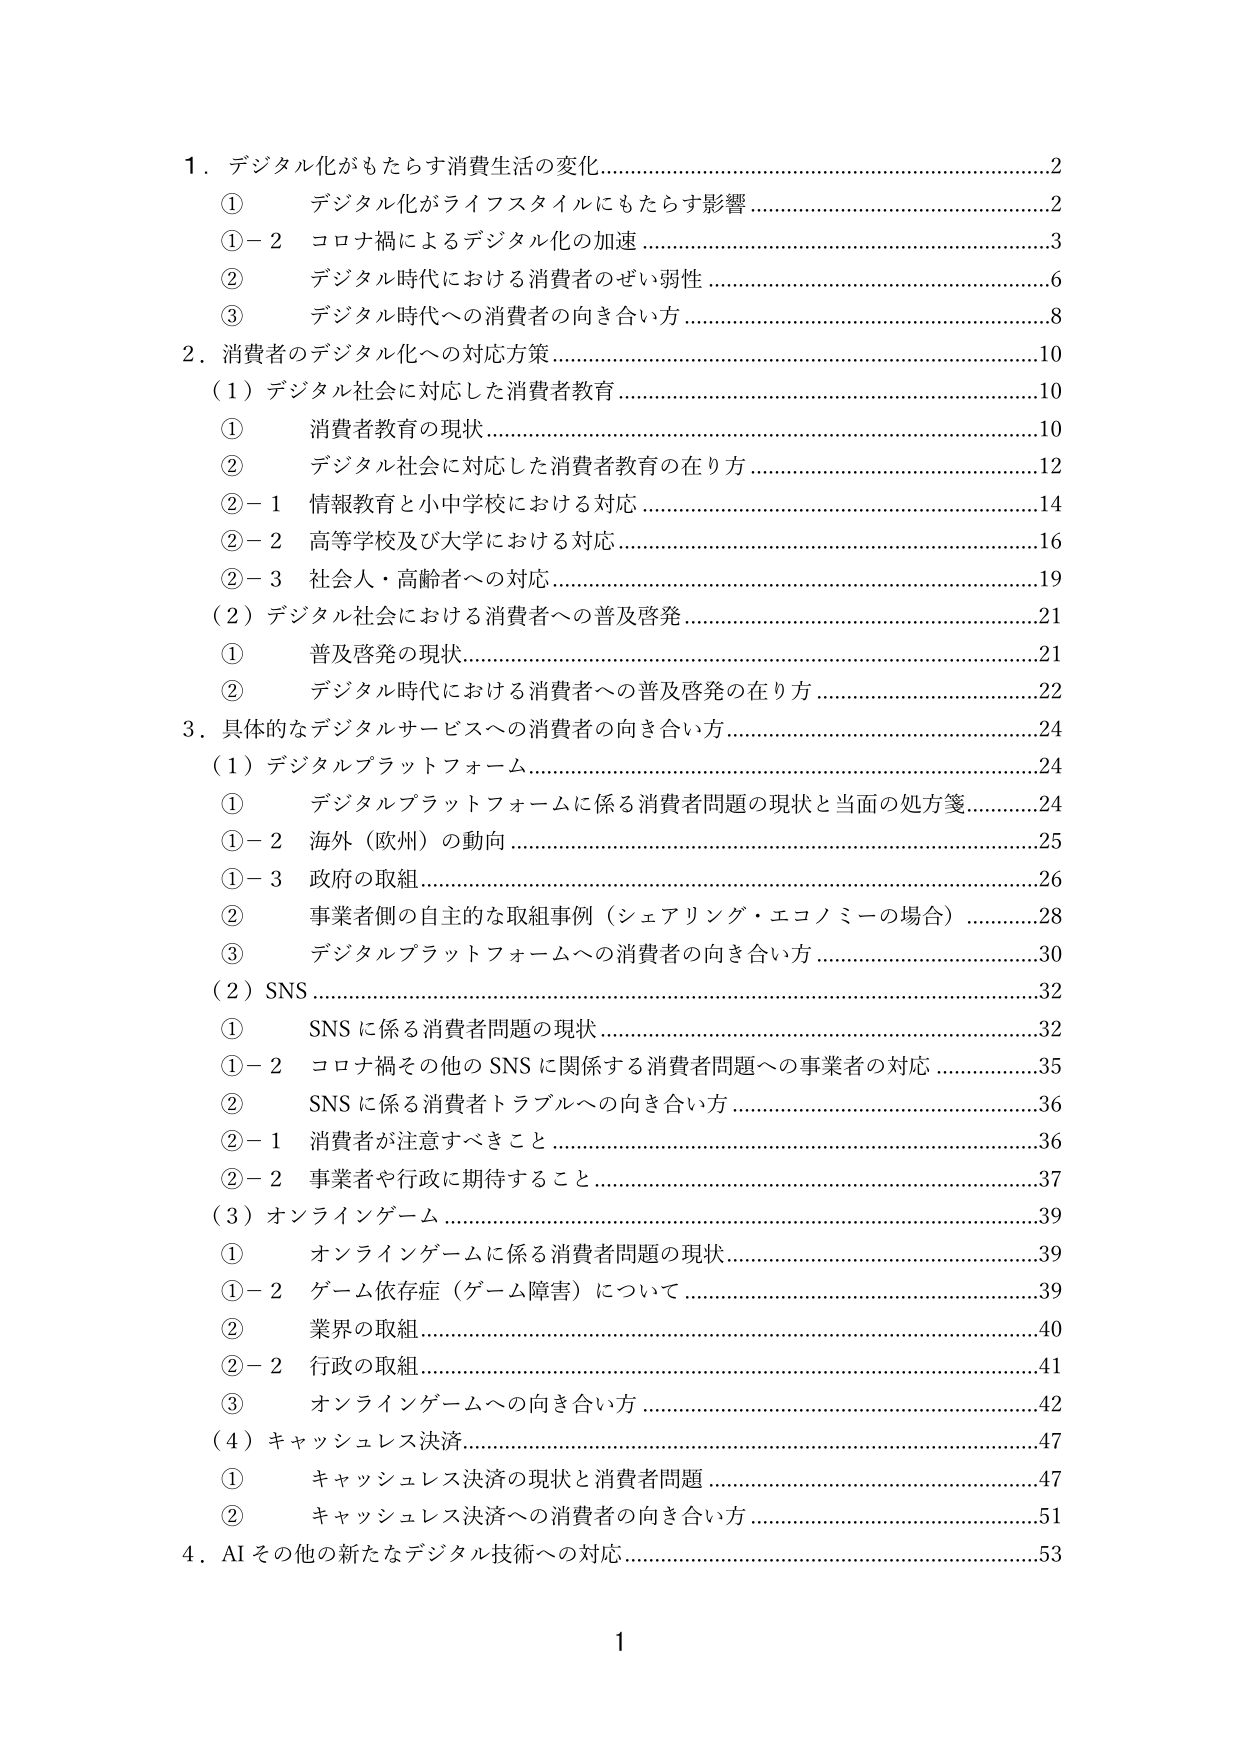
1．デジタル化がもたらす消費生活の変化…………………………………………………2
　①　デジタル化がライフスタイルにもたらす影響………………………………………2
　①－2　コロナ禍によるデジタル化の加速………………………………………………3
　②　デジタル時代における消費者のぜい弱性…………………………………………6
　③　デジタル時代への消費者の向き合い方……………………………………………8
2．消費者のデジタル化への対応方策……………………………………………………10
　（1）デジタル社会に対応した消費者教育……………………………………………10
　　①　消費者教育の現状…………………………………………………………………10
　　②　デジタル社会に対応した消費者教育の在り方…………………………………12
　　②－1　情報教育と小中学校における対応…………………………………………14
　　②－2　高等学校及び大学における対応……………………………………………16
　　②－3　社会人・高齢者への対応……………………………………………………19
　（2）デジタル社会における消費者への普及啓発……………………………………21
　　①　普及啓発の現状……………………………………………………………………21
　　②　デジタル時代における消費者への普及啓発の在り方………………………22
3．具体的なデジタルサービスへの消費者の向き合い方………………………………24
　（1）デジタルプラットフォーム…………………………………………………………24
　　①　デジタルプラットフォームに係る消費者問題の現状と当面の処方箋………24
　　①－2　海外（欧州）の動向……………………………………………………………25
　　①－3　政府の取組………………………………………………………………………26
　　②　事業者側の自主的な取組事例（シェアリング・エコノミーの場合）………28
　　③　デジタルプラットフォームへの消費者の向き合い方…………………………30
　（2）SNS……………………………………………………………………………………32
　　①　SNSに係る消費者問題の現状……………………………………………………32
　　①－2　コロナ禍その他のSNSに関係する消費者問題への事業者の対応………35
　　②　SNSに係る消費者トラブルへの向き合い方……………………………………36
　　②－1　消費者が注意すべきこと………………………………………………………36
　　②－2　事業者や行政に期待すること…………………………………………………37
　（3）オンラインゲーム……………………………………………………………………39
　　①　オンラインゲームに係る消費者問題の現状……………………………………39
　　①－2　ゲーム依存症（ゲーム障害）について………………………………………39
　　②　業界の取組…………………………………………………………………………40
　　②－2　行政の取組………………………………………………………………………41
　　③　オンラインゲームへの向き合い方………………………………………………42
　（4）キャッシュレス決済………………………………………………………………47
　　①　キャッシュレス決済の現状と消費者問題………………………………………47
　　②　キャッシュレス決済への消費者の向き合い方…………………………………51
4．AI その他の新たなデジタル技術への対応……………………………………………53
1